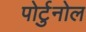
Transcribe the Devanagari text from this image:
पोर्टुनोल